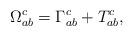
LaTeX: \begin{align*}\Omega _{ab}^c=\Gamma _{ab}^c+T_{ab}^c, \end{align*}